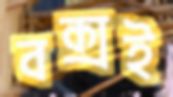
বক্সই